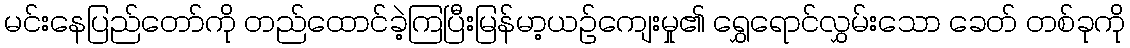
မင်းနေပြည်တော်ကို တည်ထောင်ခဲ့ကြပြီးမြန်မာ့ယဉ်ကျေးမှု၏ ရွှေရောင်လွှမ်းသော ခေတ် တစ်ခုကို